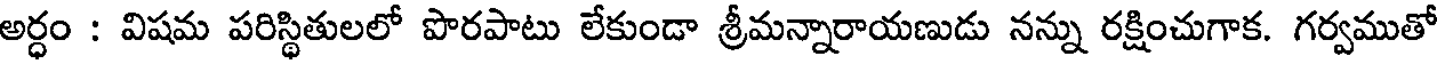
అర్ధం : విషమ పరిస్థితులలో పొరపాటు లేకుండా శ్రీమన్నారాయణుడు నన్ను రక్షించుగాక. గర్వముతో